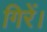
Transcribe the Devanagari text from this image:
गिरें।